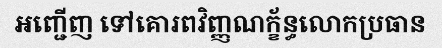
អញ្ជើញ ទៅគោរពវិញ្ញណក្ខ័ន្ធលោកប្រធាន